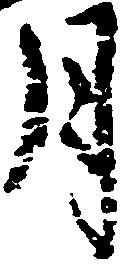
月